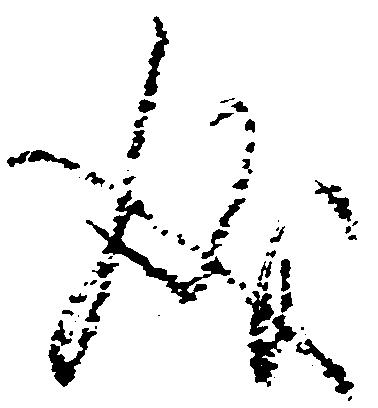
成